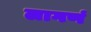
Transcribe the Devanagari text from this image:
लागणं